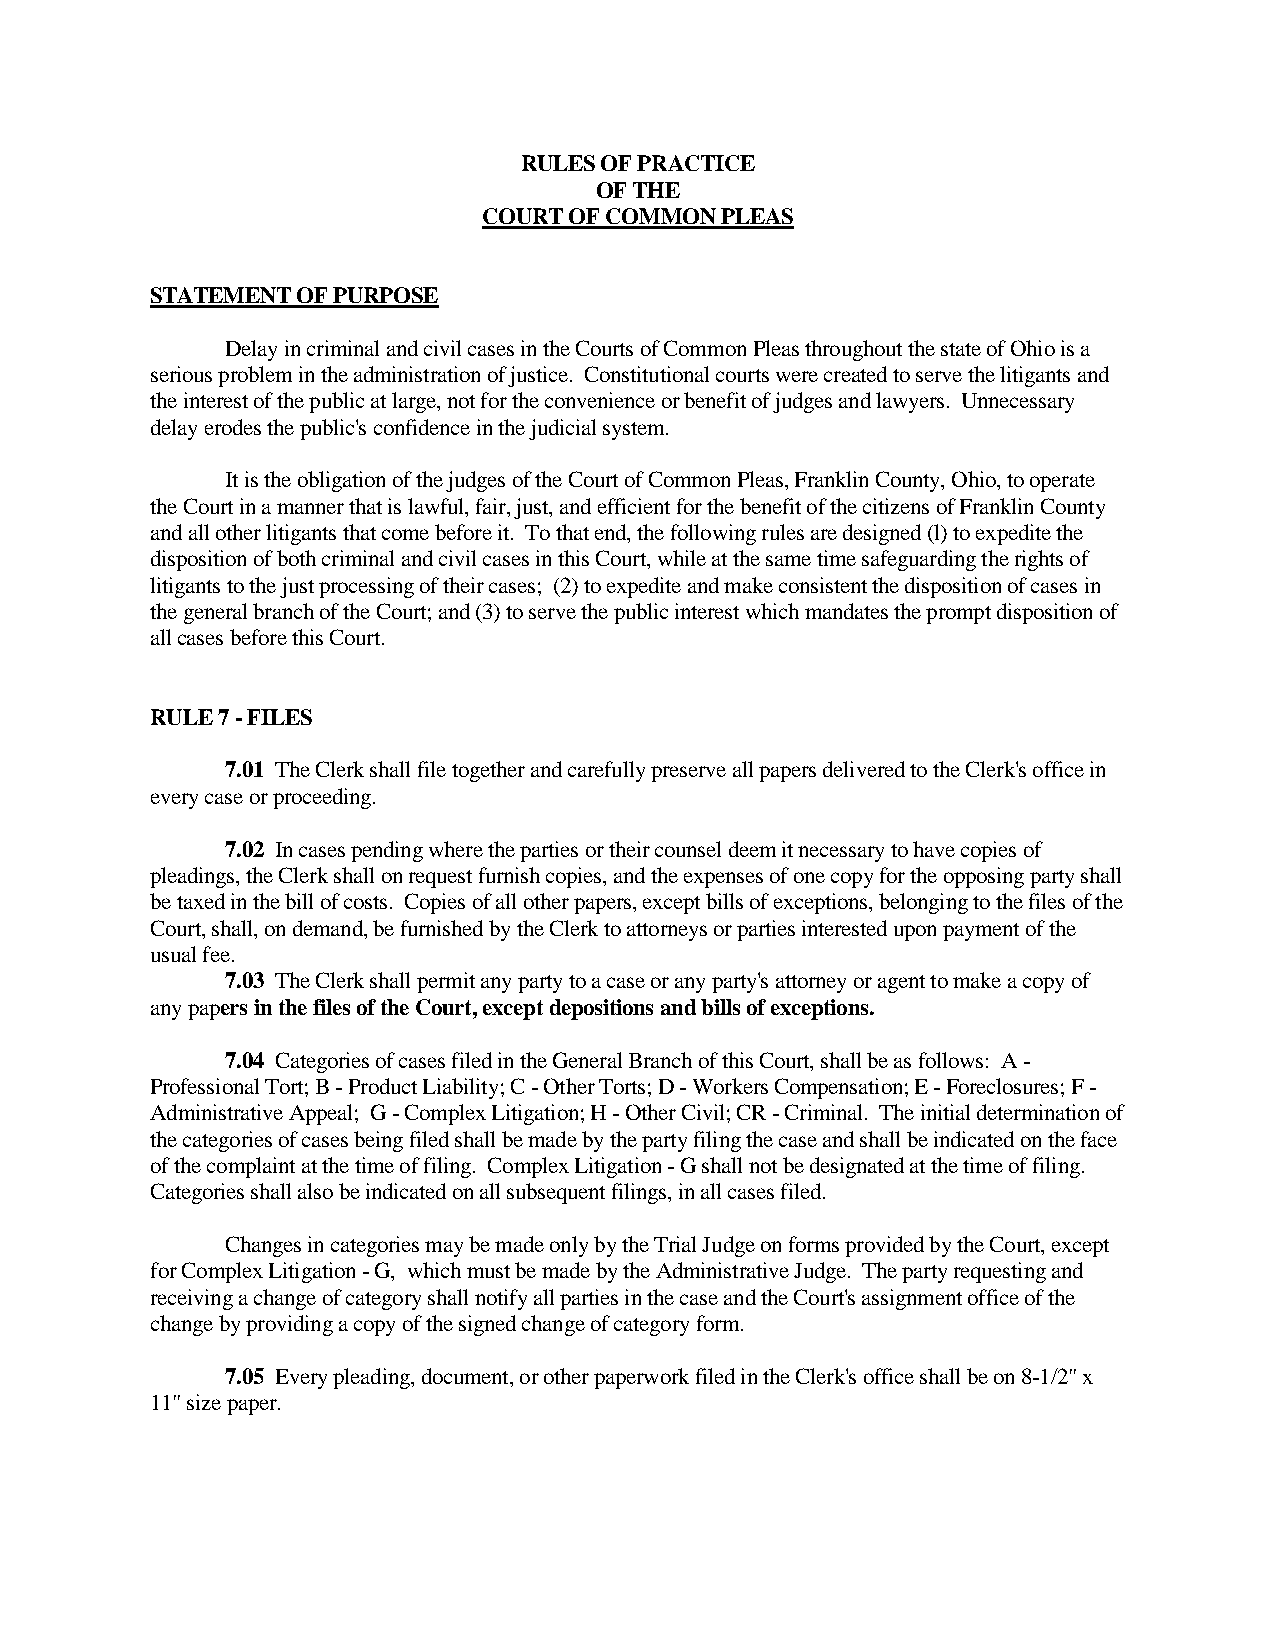
RULES OF PRACTICE
 OF THE
 COURT OF COMMON PLEAS
 STATEMENT OF PURPOSE
 Delay in criminal and civil cases in the Courts of Common Pleas throughout the state of Ohio is a
 serious problem in the administration of justice. Constitutional courts were created to serve the litigants and
 the interest of the public at large, not for the convenience or benefit of judges and lawyers. Unnecessary
 delay erodes the public's confidence in the judicial system.
 It is the obligation of the judges of the Court of Common Pleas, Franklin County, Ohio, to operate
 the Court in a manner that is lawful, fair, just, and efficient for the benefit of the citizens of Franklin County
 and all other litigants that come before it. To that end, the following rules are designed (l) to expedite the
 disposition of both criminal and civil cases in this Court, while at the same time safeguarding the rights of
 litigants to the just processing of their cases; (2) to expedite and make consistent the disposition of cases in
 the general branch of the Court; and (3) to serve the public interest which mandates the prompt disposition of
 all cases before this Court.
 RULE 7 - FILES
 7.01 The Clerk shall file together and carefully preserve all papers delivered to the Clerk's office in
 every case or proceeding.
 7.02 In cases pending where the parties or their counsel deem it necessary to have copies of
 pleadings, the Clerk shall on request furnish copies, and the expenses of one copy for the opposing party shall
 be taxed in the bill of costs. Copies of all other papers, except bills of exceptions, belonging to the files of the
 Court, shall, on demand, be furnished by the Clerk to attorneys or parties interested upon payment of the
 usual fee.
 7.03 The Clerk shall permit any party to a case or any party's attorney or agent to make a copy of
 any papers in the files of the Court, except depositions and bills of exceptions.
 7.04 Categories of cases filed in the General Branch of this Court, shall be as follows: A -
 Professional Tort; B - Product Liability; C - Other Torts; D - Workers Compensation; E - Foreclosures; F -
 Administrative Appeal; G - Complex Litigation; H - Other Civil; CR - Criminal. The initial determination of
 the categories of cases being filed shall be made by the party filing the case and shall be indicated on the face
 of the complaint at the time of filing. Complex Litigation - G shall not be designated at the time of filing.
 Categories shall also be indicated on all subsequent filings, in all cases filed.
 Changes in categories may be made only by the Trial Judge on forms provided by the Court, except
 for Complex Litigation - G, which must be made by the Administrative Judge. The party requesting and
 receiving a change of category shall notify all parties in the case and the Court's assignment office of the
 change by providing a copy of the signed change of category form.
 7.05 Every pleading, document, or other paperwork filed in the Clerk's office shall be on 8-1/2" x
 11" size paper.